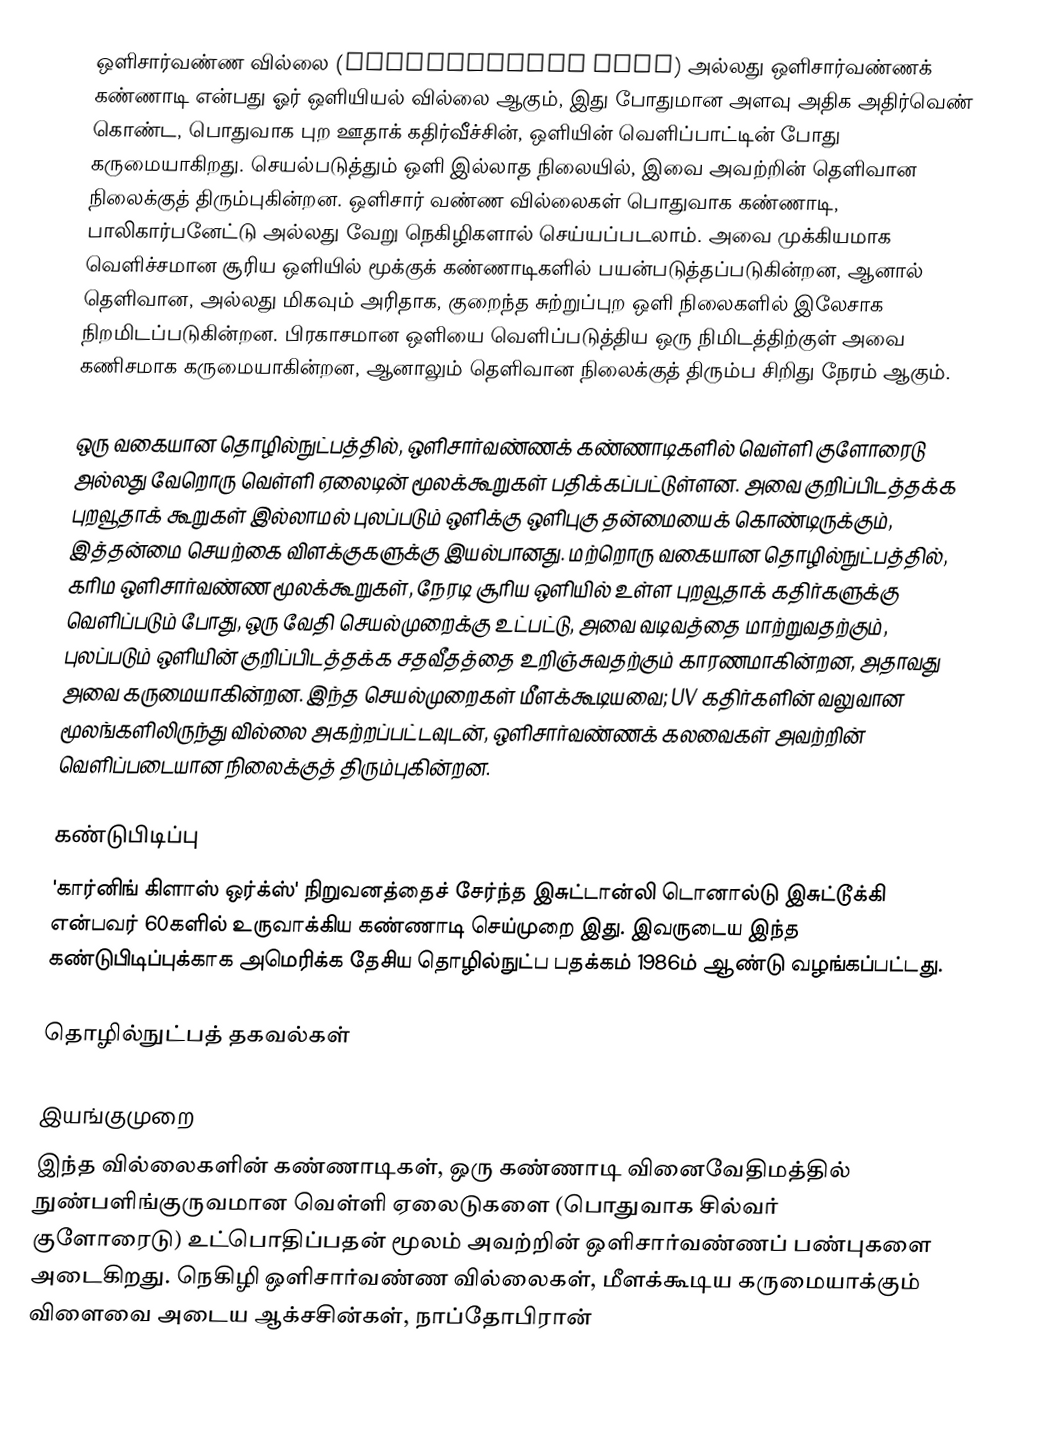
ஒளிசார்வண்ண வில்லை (photochromic lens) அல்லது ஒளிசார்வண்ணக் கண்ணாடி என்பது ஓர் ஒளியியல் வில்லை ஆகும், இது போதுமான அளவு அதிக அதிர்வெண் கொண்ட, பொதுவாக புற ஊதாக் கதிர்வீச்சின், ஒளியின் வெளிப்பாட்டின் போது கருமையாகிறது. செயல்படுத்தும் ஒளி இல்லாத நிலையில், இவை அவற்றின் தெளிவான நிலைக்குத் திரும்புகின்றன. ஒளிசார் வண்ண வில்லைகள் பொதுவாக கண்ணாடி, பாலிகார்பனேட்டு அல்லது வேறு நெகிழிகளால் செய்யப்படலாம். அவை முக்கியமாக வெளிச்சமான சூரிய ஒளியில் மூக்குக் கண்ணாடிகளில் பயன்படுத்தப்படுகின்றன, ஆனால் தெளிவான, அல்லது மிகவும் அரிதாக, குறைந்த சுற்றுப்புற ஒளி நிலைகளில் இலேசாக நிறமிடப்படுகின்றன. பிரகாசமான ஒளியை வெளிப்படுத்திய ஒரு நிமிடத்திற்குள் அவை கணிசமாக கருமையாகின்றன, ஆனாலும் தெளிவான நிலைக்குத் திரும்ப சிறிது நேரம் ஆகும்.

ஒரு வகையான தொழில்நுட்பத்தில், ஒளிசார்வண்ணக் கண்ணாடிகளில் வெள்ளி குளோரைடு அல்லது வேறொரு வெள்ளி ஏலைடின் மூலக்கூறுகள் பதிக்கப்பட்டுள்ளன. அவை குறிப்பிடத்தக்க புறவூதாக் கூறுகள் இல்லாமல் புலப்படும் ஒளிக்கு ஒளிபுகு தன்மையைக் கொண்டிருக்கும், இத்தன்மை செயற்கை விளக்குகளுக்கு இயல்பானது. மற்றொரு வகையான தொழில்நுட்பத்தில், கரிம ஒளிசார்வண்ண மூலக்கூறுகள், நேரடி சூரிய ஒளியில் உள்ள புறவூதாக் கதிர்களுக்கு வெளிப்படும் போது, ஒரு வேதி செயல்முறைக்கு உட்பட்டு, அவை வடிவத்தை மாற்றுவதற்கும், புலப்படும் ஒளியின் குறிப்பிடத்தக்க சதவீதத்தை உறிஞ்சுவதற்கும் காரணமாகின்றன, அதாவது அவை கருமையாகின்றன. இந்த செயல்முறைகள் மீளக்கூடியவை; UV கதிர்களின் வலுவான மூலங்களிலிருந்து வில்லை அகற்றப்பட்டவுடன், ஒளிசார்வண்ணக் கலவைகள் அவற்றின் வெளிப்படையான நிலைக்குத் திரும்புகின்றன.

கண்டுபிடிப்பு
'கார்னிங் கிளாஸ் ஒர்க்ஸ்' நிறுவனத்தைச் சேர்ந்த இசுட்டான்லி டொனால்டு இசுட்டூக்கி என்பவர் 60களில் உருவாக்கிய கண்ணாடி செய்முறை இது. இவருடைய இந்த கண்டுபிடிப்புக்காக அமெரிக்க தேசிய தொழில்நுட்ப பதக்கம் 1986ம் ஆண்டு வழங்கப்பட்டது.

தொழில்நுட்பத் தகவல்கள்

இயங்குமுறை
இந்த வில்லைகளின் கண்ணாடிகள், ஒரு கண்ணாடி வினைவேதிமத்தில் நுண்பளிங்குருவமான வெள்ளி ஏலைடுகளை (பொதுவாக சில்வர் குளோரைடு) உட்பொதிப்பதன் மூலம் அவற்றின் ஒளிசார்வண்ணப் பண்புகளை அடைகிறது. நெகிழி ஒளிசார்வண்ண வில்லைகள், மீளக்கூடிய கருமையாக்கும் விளைவை அடைய ஆக்சசின்கள், நாப்தோபிரான்